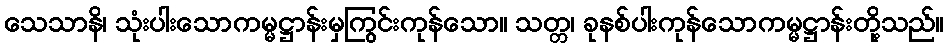
သေသာနိ၊ သုံးပါးသောကမ္မဋ္ဌာန်းမှကြွင်းကုန်သော။ သတ္တ၊ ခုနစ်ပါးကုန်သောကမ္မဋ္ဌာန်းတို့သည်။